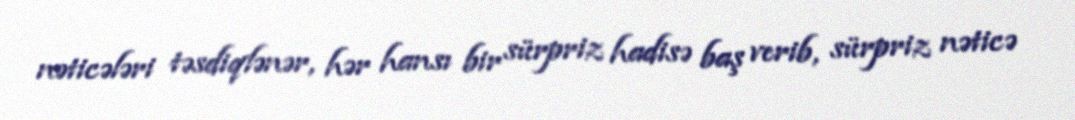
nəticələri təsdiqlənər, hər hansı bir sürpriz hadisə baş verib, sürpriz nəticə